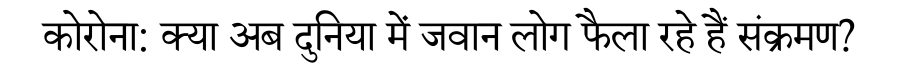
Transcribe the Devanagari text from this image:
कोरोना: क्या अब दुनिया में जवान लोग फैला रहे हैं संक्रमण?